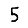
Digit: 5